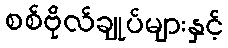
စစ်ဗိုလ်ချုပ်များနှင့်